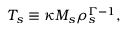
T _ { s } \equiv \kappa M _ { s } \rho _ { s } ^ { \Gamma - 1 } ,